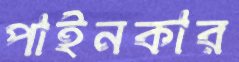
পাইনকার